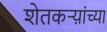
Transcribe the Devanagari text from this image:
शेतकऱ्य़ांच्या